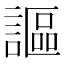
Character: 謳